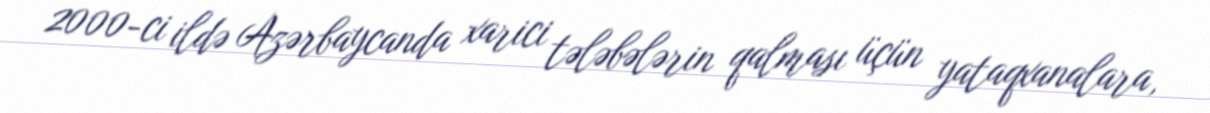
2000-ci ildə Azərbaycanda xarici tələbələrin qalması üçün yataqxanalara,